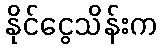
နိုင်ငွေသိန်းက